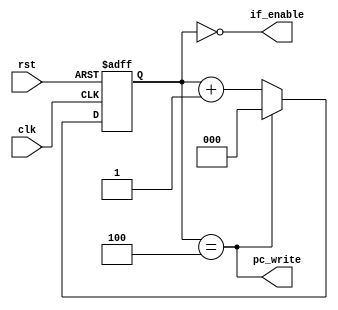
/***************************************************
 * Module: clk_counter
 * Project: core_lapido
 * Description: Bloco que avalia a necessidade de
 * habilitar a busca de instrucao e a escrita do
 * pc, baseado em uma quantidade de pulsos de clock.
 ***************************************************/
module clk_counter
(
    input clk,
    input rst,

    output if_enable,
    output pc_write       // Habilita a escrita no pc
);

reg [2:0] counter;

always @ (posedge clk or posedge rst) begin
    if(rst) begin
        counter <= 3'b000;
    end else if (counter == 3'b100) begin
        counter <= 3'b000;
    end else begin
        counter <= counter + 1;
    end
end

assign if_enable = (counter == 3'b000);
assign pc_write = (counter == 3'b100);

endmodule // clk_counter